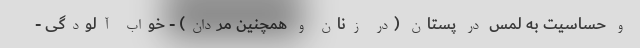
و حساسیت به لمس در پستان (در زنان و همچنین مردان) - خواب آلودگی -